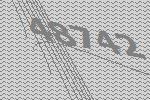
48742